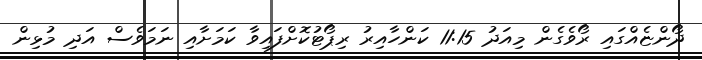
ދޯންޏެއްގައި ރޯވެގެން މިއަދު 11:15 ކަންހާއިރު ރިޕޯޓުކޮށްފައިވާ ކަމަށާއި ނަމަވެސް އަދި މުޅިން